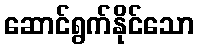
ဆောင်ရွက်နိုင်သော